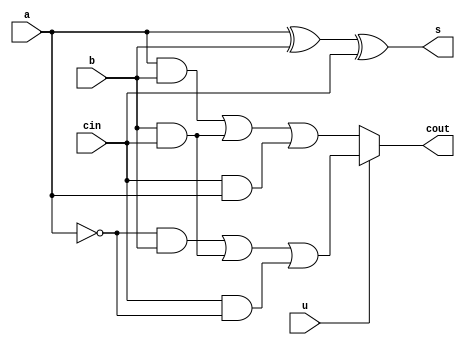
`timescale 1ns / 1ps
//////////////////////////////////////////////////////////////////////////////////
// Company: 
// Engineer: 
// 
// Design Name: 
// Module Name: fa_fs
// Project Name: 
// Target Devices: 
// Tool Versions: 
// Description: 
// 
// Dependencies: 
// 
// Revision:
// Revision 0.01 - File Created
// Additional Comments:
// 
//////////////////////////////////////////////////////////////////////////////////


module fa_fs(
    input a,b,cin,u,
    output reg  s,cout
    );
    wire s1;
    always@(*)
    begin
    if(u==0)
    begin
    s=a^b^cin;
    cout=(a&b)|(b&cin)|(cin&a);
    end
    else
    begin
    s=a^b^cin;
    cout=((~a)&b)|(b&cin)|(cin&(~a));
    end
    
    end
endmodule